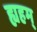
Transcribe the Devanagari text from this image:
ह्यहम्